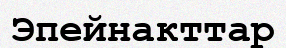
Эпейнакттар